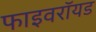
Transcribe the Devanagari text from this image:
फाइवरॉयड